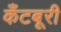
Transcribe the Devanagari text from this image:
कँटबूरी